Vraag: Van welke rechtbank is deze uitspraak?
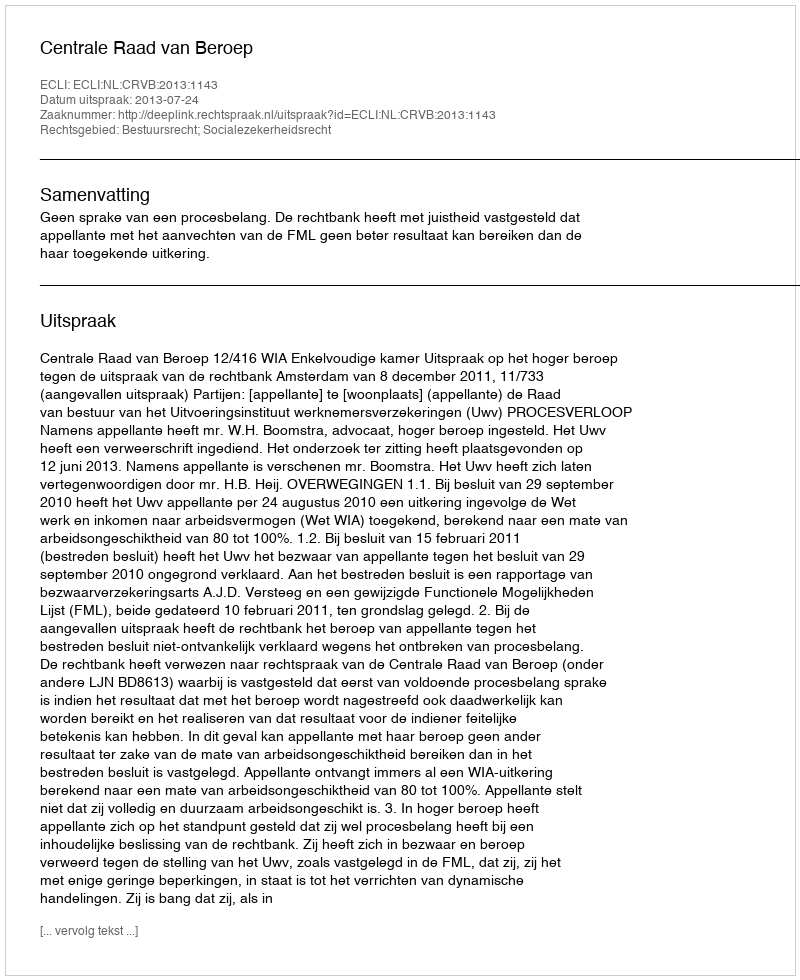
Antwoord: Centrale Raad van Beroep